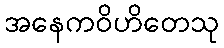
အနေကဝိဟိတေသု